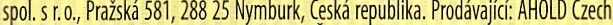
spol. s r.o.. Prazska 587, 288 25 Nymburk, Ceska republika, ProdavaIICI: AHOLD Czech